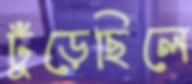
ঢুঁড়েছিলে